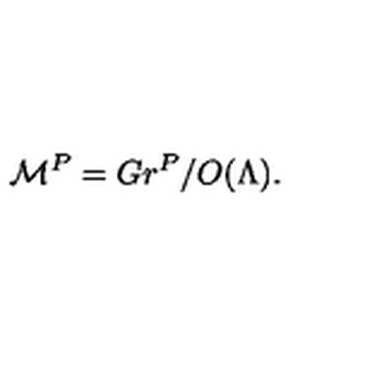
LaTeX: { \cal M } ^ { P } = G r ^ { P } / O ( \Lambda ) .